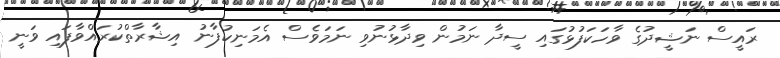
ރައީސް ނަޝީދުގެ ވާހަކަފުޅުގައި ސީދާ ނަމުން ވިދާޅުނުވި ނަމަވެސް އެމަނިކުފާނު އިޝާރާތްކުރައްވާފައި ވަނީ